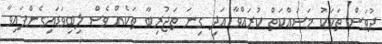
ދުވަސް ތަކަކު މަސައްކަތް ކުރައްވާ އަދި ގިނަ ތަޖުރިބާ ތަކެއް ވެސް ލިބިވަޑައިގެންފައިވާ